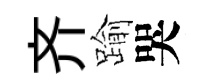
齐踰哭